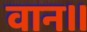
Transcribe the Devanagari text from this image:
वान।।